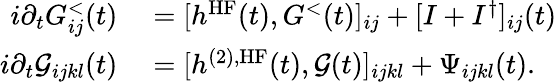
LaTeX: \begin{array}{rl}{i\partial_{t}G_{ij}^{<}(t)}&{{}=[h^{\textrm{HF}}(t),G^{<}(t)]_{ij}+[I+I^{\dagger}]_{ij}(t)}\\ {i\partial_{t}\mathcal{G}_{ijkl}(t)}&{{}=[h^{(2),\textrm{HF}}(t),\mathcal{G}(t)]_{ijkl}+\Psi_{ijkl}(t).}\end{array}